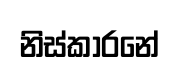
නිස්කාරනේ